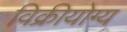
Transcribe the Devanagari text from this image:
विक्रीयोग्य